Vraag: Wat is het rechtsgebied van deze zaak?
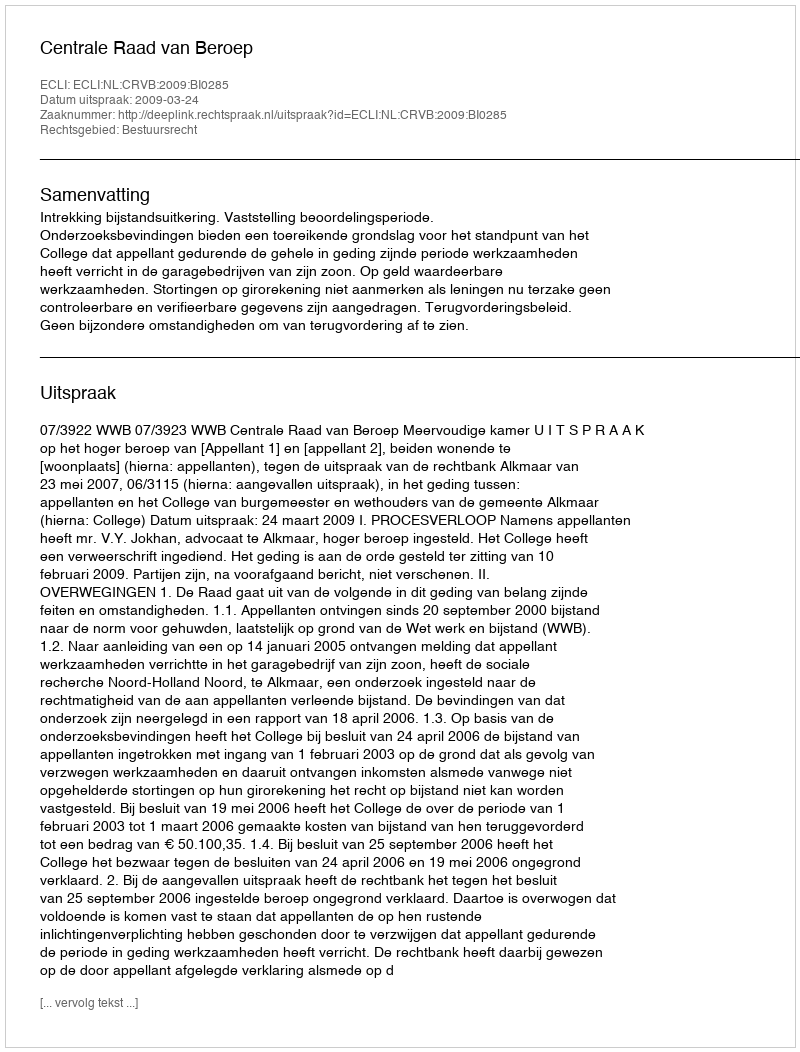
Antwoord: Bestuursrecht